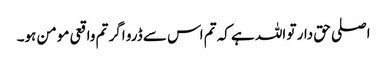
اصلی حق دار تو اللہ ہے کہ تم اس سے ڈرو اگر تم واقعی مومن ہو۔